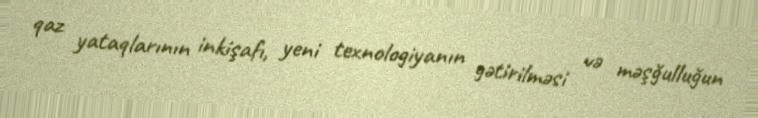
qaz yataqlarının inkişafı, yeni texnologiyanın gətirilməsi və məşğulluğun